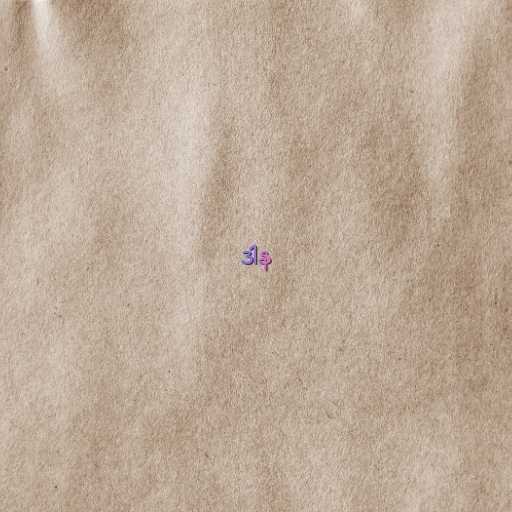
ဒါန